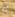
له